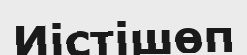
Иістішөп